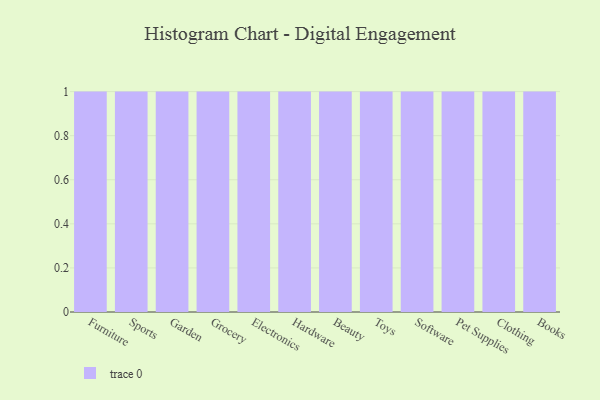
{"axis": {"x": "Category", "y": "Waste Production (Tons)"}, "legend": [""], "data": [{"x": "Furniture", "y": 90, "type": ""}, {"x": "Sports", "y": 31, "type": ""}, {"x": "Garden", "y": 37, "type": ""}, {"x": "Grocery", "y": 18, "type": ""}, {"x": "Electronics", "y": 8, "type": ""}, {"x": "Hardware", "y": 96, "type": ""}, {"x": "Beauty", "y": 52, "type": ""}, {"x": "Toys", "y": 69, "type": ""}, {"x": "Software", "y": 86, "type": ""}, {"x": "Pet Supplies", "y": 51, "type": ""}, {"x": "Clothing", "y": 77, "type": ""}, {"x": "Books", "y": 35, "type": ""}]}